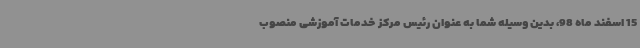
15 اسفند ماه 98، بدین وسیله شما به عنوان رئیس مرکز خدمات آموزشی منصوب